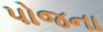
પોજના